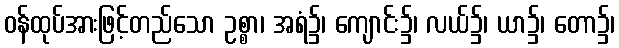
ဝန်ထုပ်အားဖြင့်တည်သော ဥစ္စာ၊ အရံ၌၊ ကျောင်း၌၊ လယ်၌၊ ယာ၌၊ တော၌၊